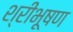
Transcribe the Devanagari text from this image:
श्रीभूषण